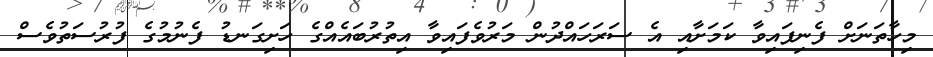
މިހާތަނަށް ފެނިފައިވާ ކަމަށާއި އެ ސަރަހައްދުން މަރުވެފައިވާ އިތުރުބައެއްގެ ހަށިގަނޑު ފެނުމުގެ ފުރުސަތުވެސް